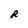
Character: R